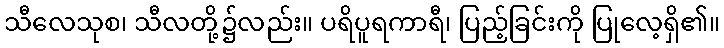
သီလေသုစ၊ သီလတို့၌လည်း။ ပရိပူရကာရီ၊ ပြည့်ခြင်းကို ပြုလေ့ရှိ၏။